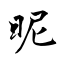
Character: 昵